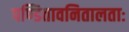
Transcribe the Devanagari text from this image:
पण्डितावनितालताः